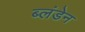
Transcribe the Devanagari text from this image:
ब्लंडेन